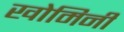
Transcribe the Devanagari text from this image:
खोमिनी